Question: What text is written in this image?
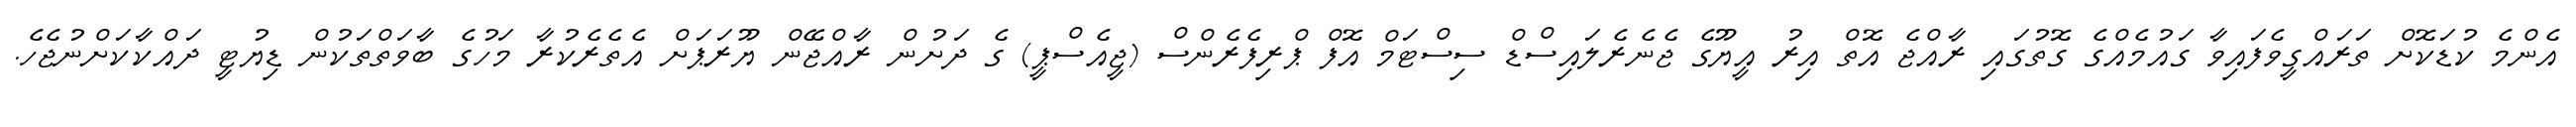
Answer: އެންމެ ކުޑަކޮށް ތަރައްގީވެފައިވާ ގައުމެއްގެ ގޮތުގައި ރާއްޖެ އޮތް އިރު އީޔޫގެ ޖެނެރެލައިސްޑް ސިސްޓަމް އޮފް ޕްރިފެރެންސް (ޖީއެސްޕީ) ގެ ދަށުން ރާއްޖޭން ޔޫރަޕަށް އެތެރެކުރާ މަހުގެ ބާވަތްތަކުން ޑިޔުޓީ ދައްކާކަށްނުޖެހެ.